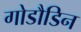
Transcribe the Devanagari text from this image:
गोडौडिन